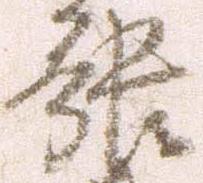
張